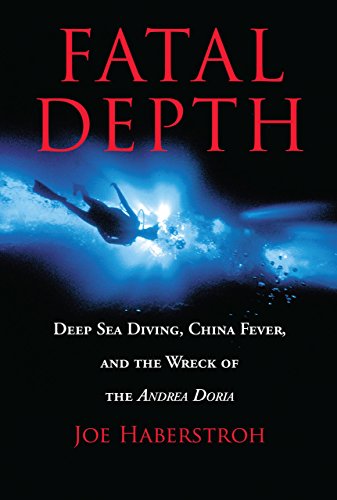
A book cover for Fatal Depth: Deep Sea Diving, China Fever, And The Wreck Of The Andrea Doria; Joe Haberstroh; Travel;